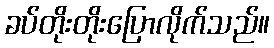
ခပ်တိုးတိုးပြောလိုက်သည်။